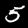
Digit: 5